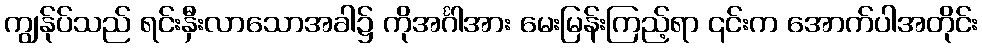
ကျွန်ုပ်သည် ရင်းနှီးလာသောအခါ၌ ကိုအင်္ဂါအား မေးမြန်းကြည့်ရာ ၎င်းက အောက်ပါအတိုင်း